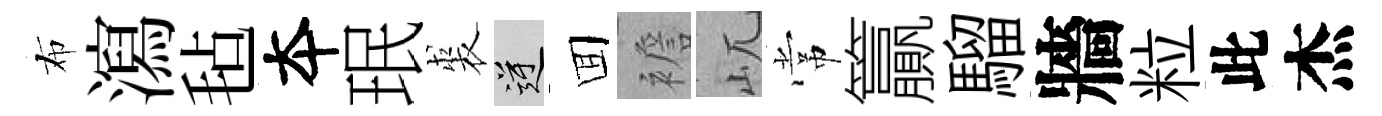
布瀉毡夲珉裘逆囬襜屼常籯騮牆粒此杰